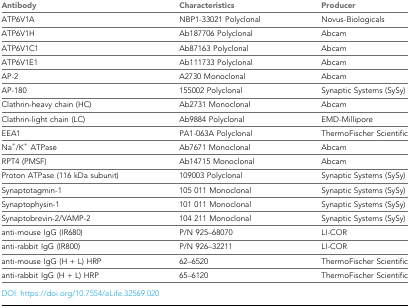
| Antibody | Characteristics | Producer |
 | --- | --- | --- |
 | ATP6V1A | NBP1-33021 Polyclonal | Novus-Biologicals |
 | ATP6V1H | Ab187706 Polyclonal | Abcam |
 | ATP6V1C1 | Ab87163 Polyclonal | Abcam |
 | ATP6V1E1 | Ab111733 Polyclonal | Abcam |
 | AP-2 | A2730 Monoclonal | Abcam |
 | AP-180 | 155002 Polyclonal | Synaptic Systems (SySy) |
 | Clathrin-heavy chain (HC) | Ab2731 Monoclonal | Abcam |
 | Clathrin-light chain (LC) | Ab9884 Polyclonal | EMD-Millipore |
 | EEA1 | PA1-063A Polyclonal | ThermoFischer Scientific |
 | Na+/K+ ATPase | Ab7671 Monoclonal | Abcam |
 | RPT4 (PMSF) | Ab14715 Monoclonal | Abcam |
 | Proton ATPase (116 kDa subunit) | 109003 Polyclonal | Synaptic Systems (SySy) |
 | Synaptotagmin-1 | 105 011 Monoclonal | Synaptic Systems (SySy) |
 | Synaptophysin-1 | 101 011 Monoclonal | Synaptic Systems (SySy) |
 | Synaptobrevin-2/VAMP-2 | 104 211 Monoclonal | Synaptic Systems (SySy) |
 | anti-mouse IgG (IR680) | P/N 925–68070 | LI-COR |
 | anti-rabbit IgG (IR800) | P/N 926–32211 | LI-COR |
 | anti-mouse IgG (H + L) HRP | 62–6520 | ThermoFischer Scientific |
 | anti-rabbit IgG (H + L) HRP | 65–6120 | ThermoFischer Scientific |